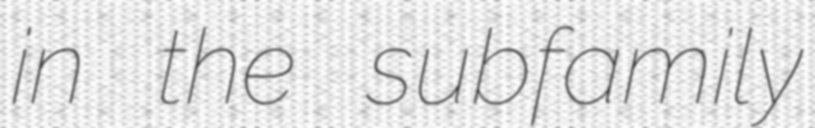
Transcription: in the subfamily